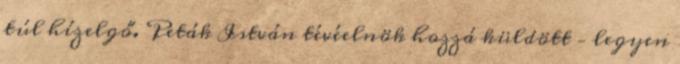
túl hízelgő. Peták István tévéel­nök hoz­zá kül­dött – legyen